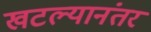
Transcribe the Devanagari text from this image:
खटल्यानंतर